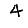
Digit: 4